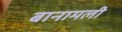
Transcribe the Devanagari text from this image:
बानामली